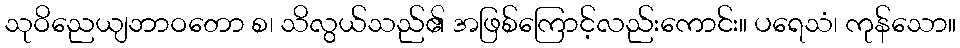
သုဝိညေယျဘာဝတော စ၊ သိလွယ်သည်၏ အဖြစ်ကြောင့်လည်းကောင်း။ ပရေသံ၊ ကုန်သော။